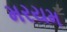
મરયમ